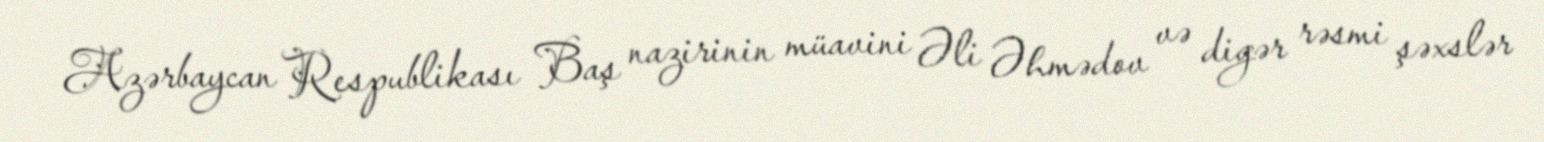
Azərbaycan Respublikası Baş nazirinin müavini Əli Əhmədov və digər rəsmi şəxslər